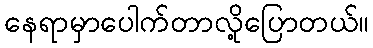
နေရာမှာပေါက်တာလို့ပြောတယ်။